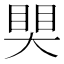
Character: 𥈀